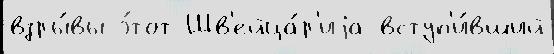
взры́вы э́тот Шв'ейца́р'иjа вступ'и́вший